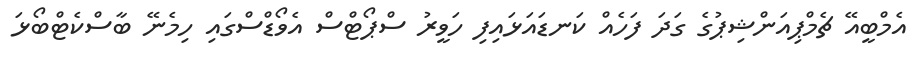
އެމްބީއޭ ޗެމްޕިއަންޝިޕުގެ ގަދަ ފަހެއް ކަނޑައަޅައިފި ހަވީރު ސްޕޯޓްސް އެވޯޑްސްގައި ހިމެނޭ ބާސްކެޓްބޯޅަ